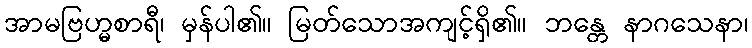
အာမဗြဟ္မစာရီ၊ မှန်ပါ၏။ မြတ်သောအကျင့်ရှိ၏။ ဘန္တေ နာဂသေနာ၊